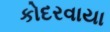
કોદરવાયા